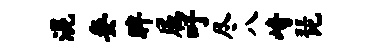
混妾眸属吁尽八崎琵